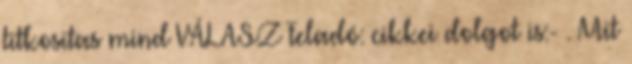
titkositas mind VÁLASZ Feladó: cikkei dolgot is:- . Mit